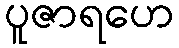
ပူဇာရဟေ